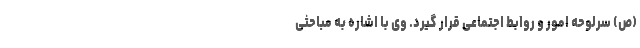
(ص) سرلوحه امور و روابط اجتماعی قرار گیرد. وی با اشاره به مباحثی